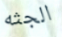
الجثه